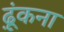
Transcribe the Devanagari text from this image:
ढ़ूंकना